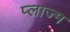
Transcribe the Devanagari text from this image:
प्लाज्म